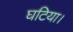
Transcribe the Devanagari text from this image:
घटिया।